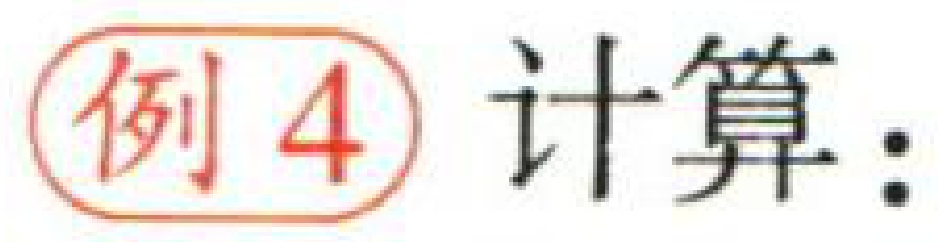
例4 计算：